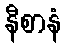
နီစာနံ